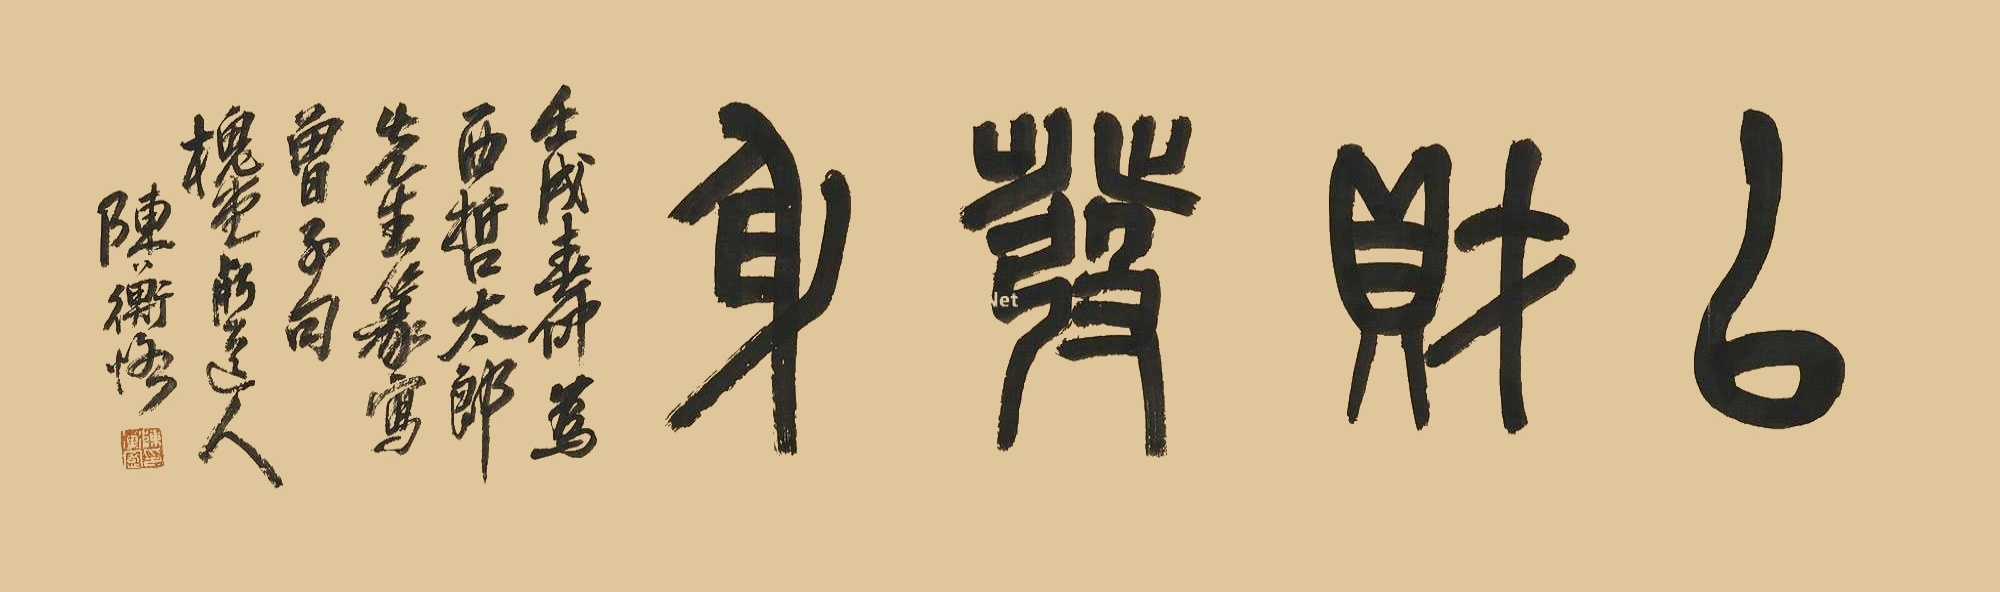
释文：以财发身。壬戌（1922年）春仲为西哲太郎先生篆写曾子句。槐堂朽道人陈衡恪。